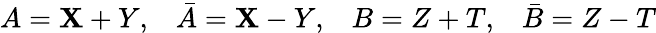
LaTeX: A=\mathbf{X}+Y,\; \; \; \bar{{A}}=\mathbf{X}-Y,\; \; \; B=Z+T,\; \; \; \bar{{B}}=Z-T